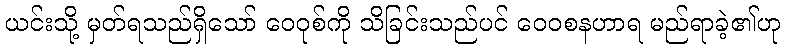
ယင်းသို့ မှတ်ရသည်ရှိသော် ဝေဝုစ်ကို သိခြင်းသည်ပင် ဝေဝစနဟာရ မည်ရာခဲ့၏ဟု